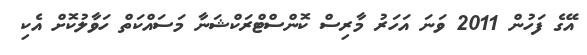
އޭގެ ފަހުން 2011 ވަނަ އަހަރު މާރިސް ކޮންސްޓްރަކްޝަނާ މަސައްކަތް ހަވާލުކޮށް އެކި